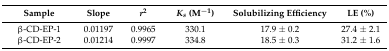
<table><thead><tr><td><b>Sample</b></td><td><b>Slope</b></td><td><b><i>r</i><sup>2</sup></b></td><td><b><i>K<sub>s</sub></i> (M<sup>−1</sup>)</b></td><td><b>Solubilizing Efficiency</b></td><td><b>LE (%)</b></td></tr></thead><tbody><tr><td>β-CD-EP-1</td><td>0.01197</td><td>0.9965</td><td>330.1</td><td>17.9 ± 0.2</td><td>27.4 ± 2.1</td></tr><tr><td>β-CD-EP-2</td><td>0.01214</td><td>0.9997</td><td>334.8</td><td>18.5 ± 0.3</td><td>31.2 ± 1.6</td></tr></tbody></table>